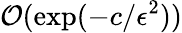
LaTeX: \mathcal{O}(\exp(-c/\epsilon^{2}))